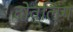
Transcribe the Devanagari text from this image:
दोव्लिंग